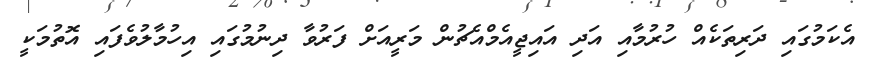
އެކަމުގައި ދަރިތަކެއް ހުރުމާއި އަދި އައިޖީއެމްއެޗުން މަރީއަށް ފަރުވާ ދިނުމުގައި އިހުމާލުވެފައި އޮތުމަކީ